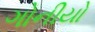
ગોનીયો